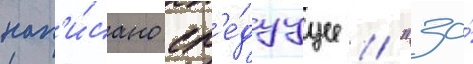
нап'и́сано сл'е́дуущее // "за́